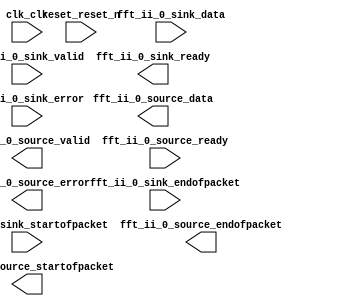

module FM_FFT (
	clk_clk,
	fft_ii_0_sink_valid,
	fft_ii_0_sink_ready,
	fft_ii_0_sink_error,
	fft_ii_0_sink_startofpacket,
	fft_ii_0_sink_endofpacket,
	fft_ii_0_sink_data,
	fft_ii_0_source_valid,
	fft_ii_0_source_ready,
	fft_ii_0_source_error,
	fft_ii_0_source_startofpacket,
	fft_ii_0_source_endofpacket,
	fft_ii_0_source_data,
	reset_reset_n);	

	input		clk_clk;
	input		fft_ii_0_sink_valid;
	output		fft_ii_0_sink_ready;
	input	[1:0]	fft_ii_0_sink_error;
	input		fft_ii_0_sink_startofpacket;
	input		fft_ii_0_sink_endofpacket;
	input	[42:0]	fft_ii_0_sink_data;
	output		fft_ii_0_source_valid;
	input		fft_ii_0_source_ready;
	output	[1:0]	fft_ii_0_source_error;
	output		fft_ii_0_source_startofpacket;
	output		fft_ii_0_source_endofpacket;
	output	[65:0]	fft_ii_0_source_data;
	input		reset_reset_n;
endmodule